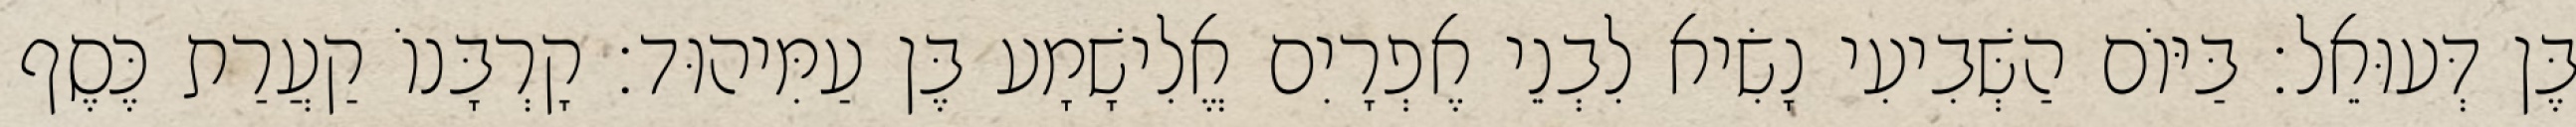
בֶּן דְּעוּאֵל׃ בַּיּוֹם הַשְּׁבִיעִי נָשִׂיא לִבְנֵי אֶפְרָיִם אֱלִישָׁמָע בֶּן עַמִּיהוּד׃ קָרְבָּנוֹ קַעֲרַת כֶּסֶף